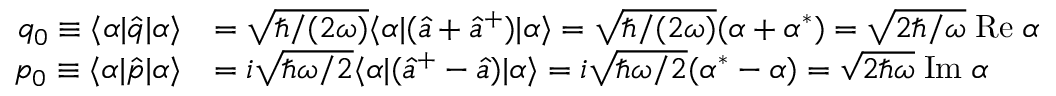
\begin{array} { r l } { q _ { 0 } \equiv \langle \alpha | \hat { q } | \alpha \rangle } & { = \sqrt { \hbar / ( 2 \omega ) } \langle \alpha | ( \hat { a } + \hat { a } ^ { + } ) | \alpha \rangle = \sqrt { \hbar / ( 2 \omega ) } ( \alpha + \alpha ^ { * } ) = \sqrt { 2 \hbar / \omega } \mathrm { \; R e } \; \alpha } \\ { p _ { 0 } \equiv \langle \alpha | \hat { p } | \alpha \rangle } & { = i \sqrt { \hbar \omega / 2 } \langle \alpha | ( \hat { a } ^ { + } - \hat { a } ) | \alpha \rangle = i \sqrt { \hbar \omega / 2 } ( \alpha ^ { * } - \alpha ) = \sqrt { 2 \hbar \omega } \mathrm { \; I m } \; \alpha } \end{array}